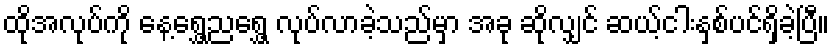
ထိုအလုပ်ကို နေ့ရွှေ့ညရွှေ့ လုပ်လာခဲ့သည်မှာ အခု ဆိုလျှင် ဆယ့်ငါးနှစ်ပင်ရှိခဲ့ပြီ။